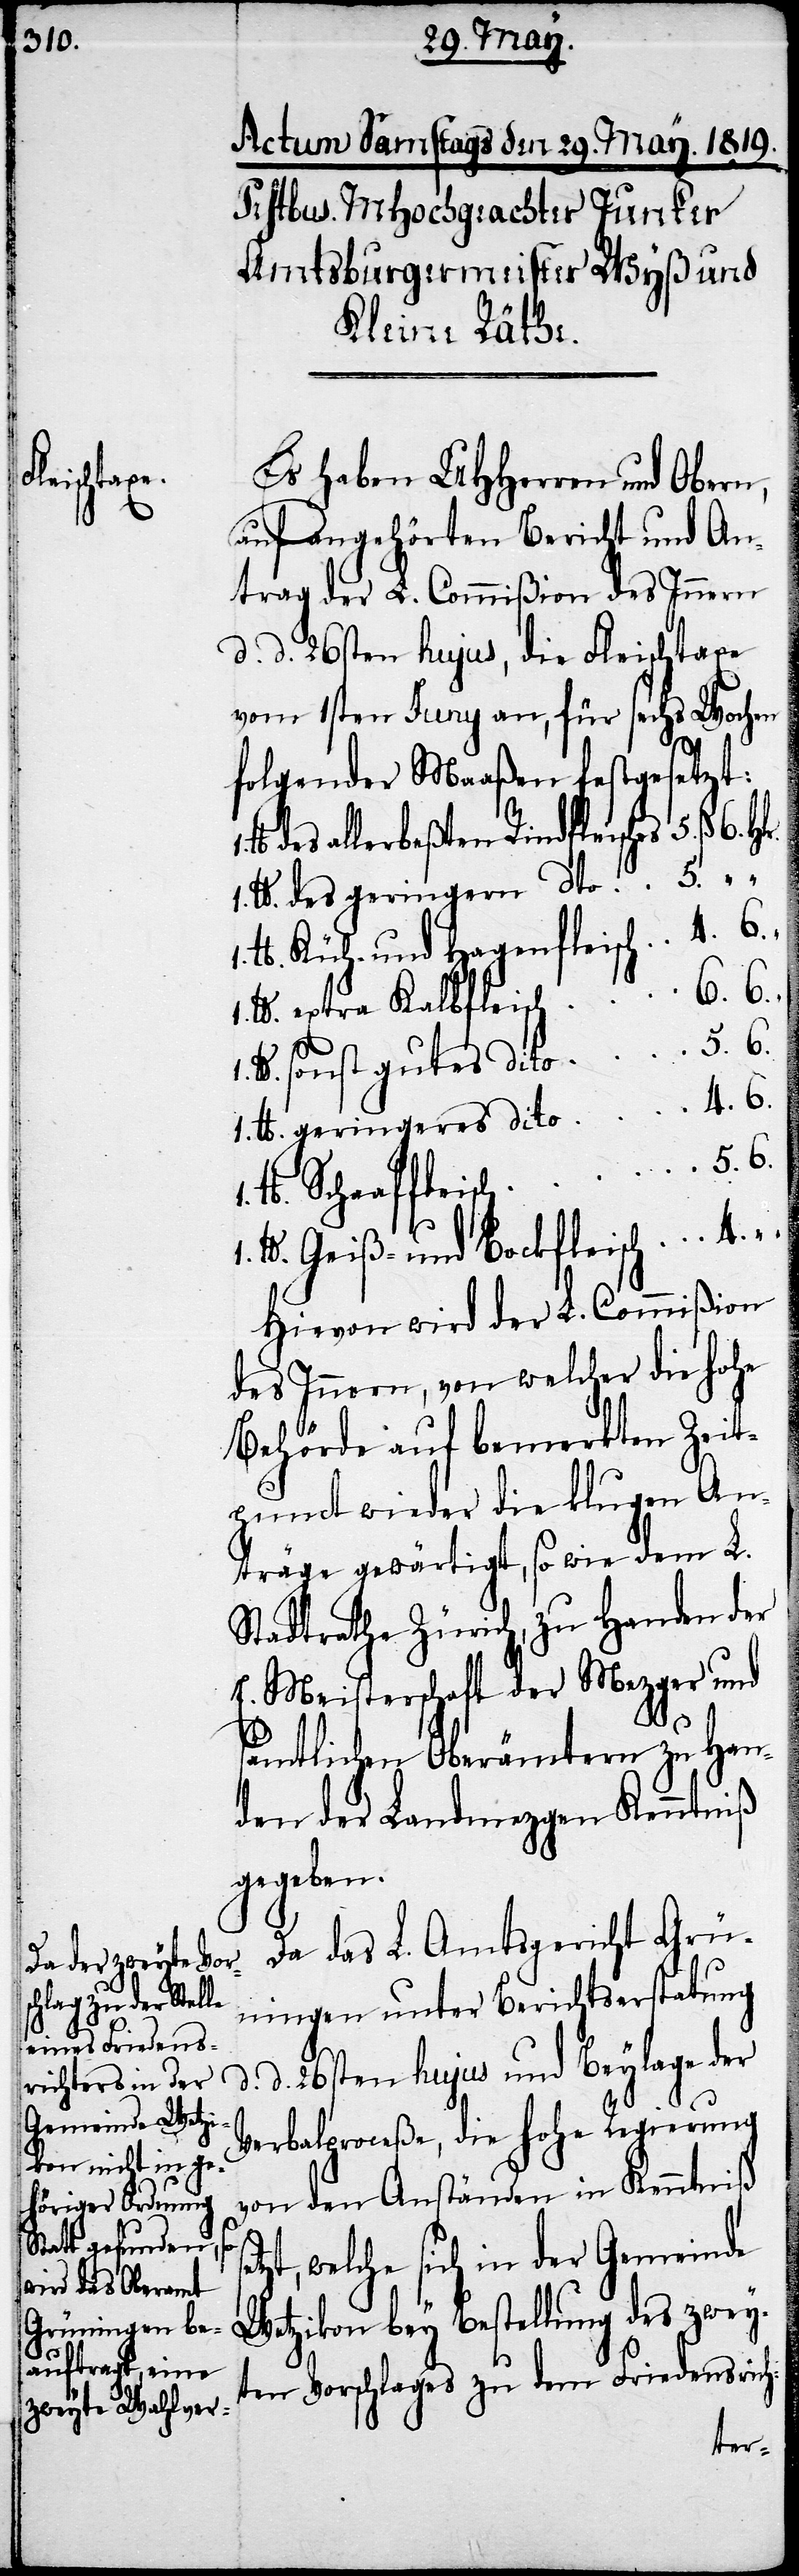
Es haben UHHerren und Obern,
auf angehörten Bericht und An¬
trag der L. Commißion des Innern
d. d. 26sten hujus, die Fleischtaxe
vom 1sten Juny an, für sechs Wochen
folgender Maaßen festgesetzt:
des allerbesten Rindfleisches 	5.
lb. des geringern dto. 	5.
lb. Küh- und Hagenfleisch	4. 6.
h		6. 6.
lb. extra Kalbfleisc¬
lb. sonst gutes dito		5. 6.
1. lb. geringeres dito		4.
1. lb.
1. lb. Geiß- und Bockfleisch	4.
Hievon wird der L. Commißion
des Innern, von welcher die hohe
Behörde auf bemerkten Zeit¬
punct wieder die klugen An¬
träge gewärtigt, so wie dem L.
Stadtrathe Zürich, zu Handen der
E. Meisterschaft der Mezger und
sämtlichen Oberämtern zu Han¬
den der Landmezgen Kenntniß
gegeben.
Da das L. Amtsgericht Grü¬
ningen unter Berichtserstatung
d. 26sten hujus und Beylage der
Verbalproceße, die hohe Regierung
von den Anständen in Kenntniß
zt, welche sich in der Gemeinde
Wetzikon bey Bestellung des zwey¬
ten Vorschlages zu dem Friedensrich-
set¬